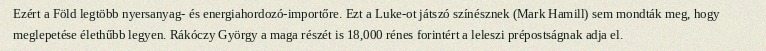
Ezért a Föld legtöbb nyersanyag- és energiahordozó-importőre. Ezt a Luke-ot játszó színésznek (Mark Hamill) sem mondták meg, hogy meglepetése élethűbb legyen. Rákóczy György a maga részét is 18,000 rénes forintért a leleszi prépostságnak adja el.